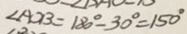
\angle A O B = 1 8 0 ^ { \circ } - 3 0 ^ { \circ } = 1 5 0 ^ { \circ }